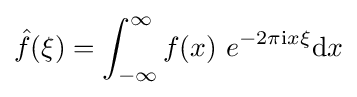
{\hat {f}}(\xi )=\int _{-\infty }^{\infty }f(x)\ e^{-2\pi \mathrm {i} x\xi }\mathrm {d} x